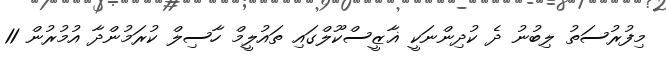
މިފުރުސަތު ލިބުނު ދެ ކުދިންނަކީ ޣާޒީސްކޫލްގައި ތައުލީމް ހާސިލް ކުރަމުންދާ އުމުރުން 11